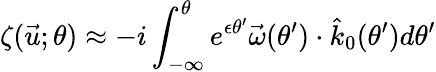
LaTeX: \zeta(\vec{u};\theta)\approx-i\int_{-\infty}^{\theta}e^{\epsilon\theta^{\prime}}\vec{\omega}(\theta^{\prime})\cdot\hat{k}_{0}(\theta^{\prime})d\theta^{\prime}